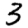
Digit: 3